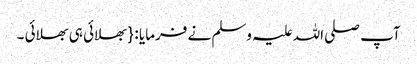
آپ صلی اللہ علیہ وسلم نے فرمایا : { بھلائی ہی بھلائی ۔